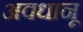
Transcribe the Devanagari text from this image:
अवधानू